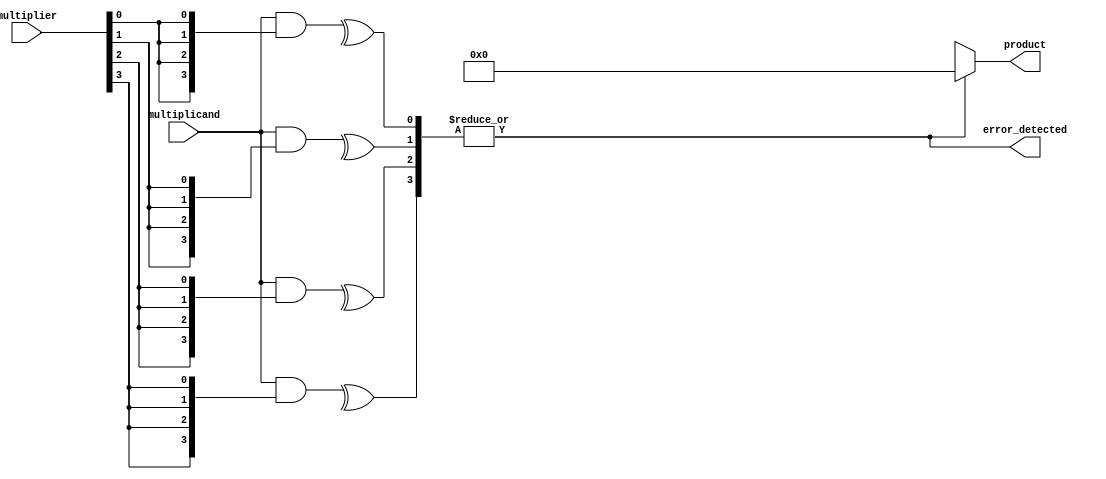
module FaultTolerantWallaceTreeMultiplier #(parameter N = 4) (
    input [N-1:0] multiplicand,
    input [N-1:0] multiplier,
    output reg [2*N-1:0] product,
    output reg error_detected
);

// Internal signals
wire [N-1:0] partial_products[N-1:0];
wire [2*N-1:0] sum_stage1 [N-1:0];
wire [2*N-1:0] sum_stage2 [N-1:0];
wire [2*N-1:0] final_sum;
wire [N-1:0] parity_bits;

// Generate partial products with redundancy
genvar i;
generate
    for (i = 0; i < N; i = i + 1) begin : gen_partial_products
        assign partial_products[i] = multiplicand & {N{multiplier[i]}};
    end
endgenerate

// Wallace tree reduction (first stage)
generate
    for (i = 0; i < N; i = i + 1) begin : stage1
        if (i < N-1) begin
            assign sum_stage1[i] = partial_products[i] + partial_products[i+1] + partial_products[i+2];
        end else begin
            assign sum_stage1[i] = partial_products[i];
        end
    end
endgenerate

// Second stage reduction
generate
    for (i = 0; i < N; i = i + 1) begin : stage2
        if (i < N-2) begin
            assign sum_stage2[i] = sum_stage1[i] + sum_stage1[i+1] + sum_stage1[i+2];
        end else begin
            assign sum_stage2[i] = sum_stage1[i];
        end
    end
endgenerate

// Final addition
assign final_sum = sum_stage2[0] + sum_stage2[1];

// Parity check for error detection
generate
    for (i = 0; i < N; i = i + 1) begin : parity_check
        assign parity_bits[i] = ^partial_products[i]; // Simple parity bit for each partial product
    end
endgenerate

// Error detection logic
always @(*) begin
    error_detected = |parity_bits; // If any parity bit is 1, an error is detected
    product = error_detected ? 0 : final_sum; // Set product to 0 if error detected
end

endmodule